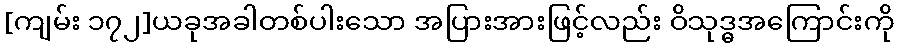
[ကျမ်း ၁၇၂]ယခုအခါတစ်ပါးသော အပြားအားဖြင့်လည်း ဝိသုဒ္ဓအကြောင်းကို